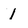
Character: I